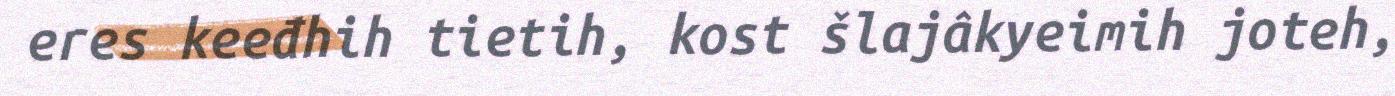
eres keeđhih tietih, kost šlajâkyeimih joteh,